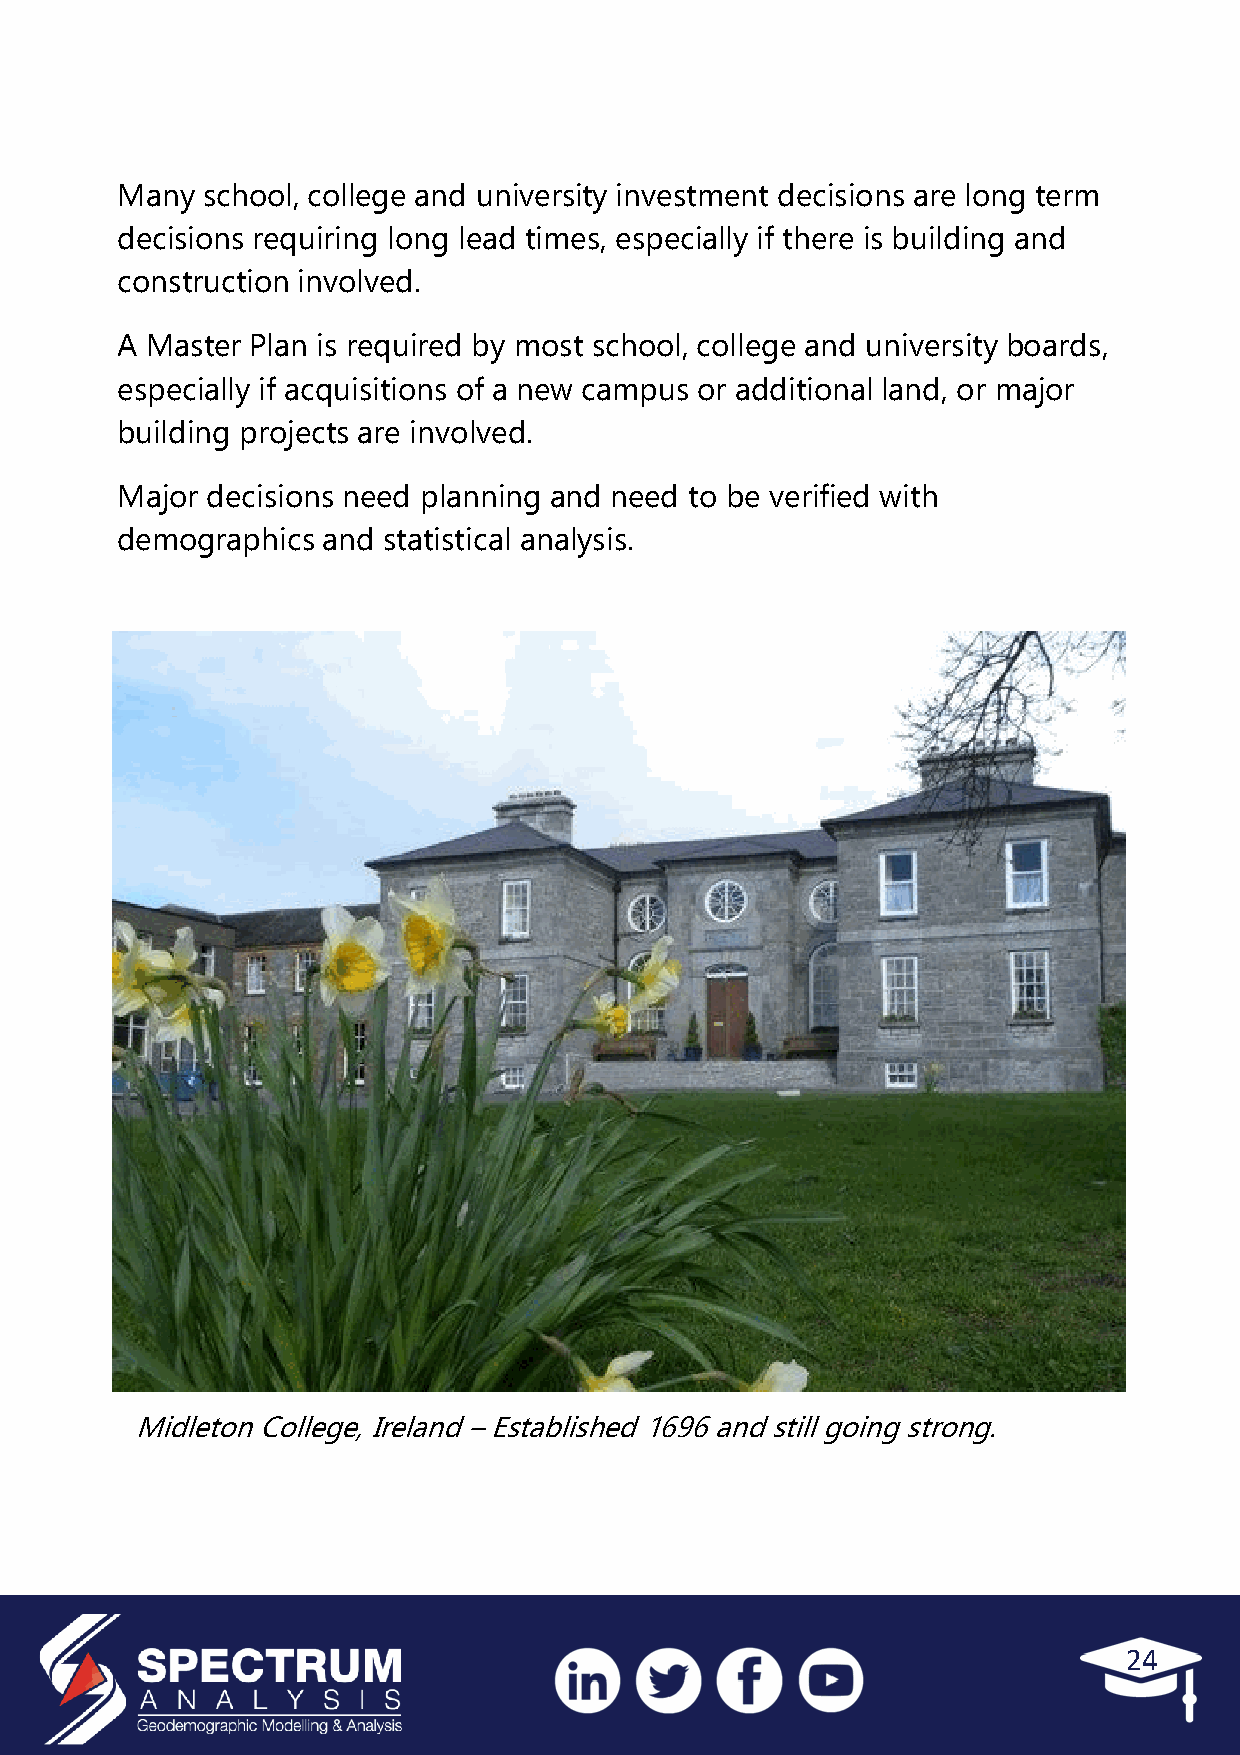
Many school, college and university investment decisions are long term
 decisions requiring long lead times, especially if there is building and
 construction involved.
 A Master Plan is required by most school, college and university boards,
 especially if acquisitions of a new campus or additional land, or major
 building projects are involved.
 Major decisions need planning and need to be verified with
 demographics and statistical analysis.
 MidletonCollege,Ireland–Established1696andstillgoingstrong.
 24